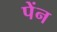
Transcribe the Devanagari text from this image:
पेंन